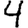
Digit: 4